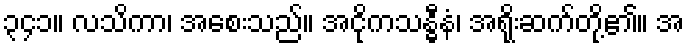
၃၄၁။ လသိကာ၊ အစေးသည်။ အငိုကသန္ဓီနံ၊ အရိုးဆက်တို့၏။ အ